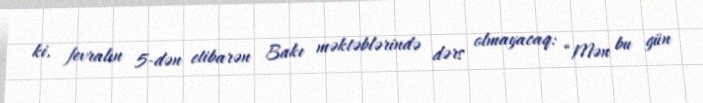
ki, fevralın 5-dən etibarən Bakı məktəblərində dərs olmayacaq: “Mən bu gün